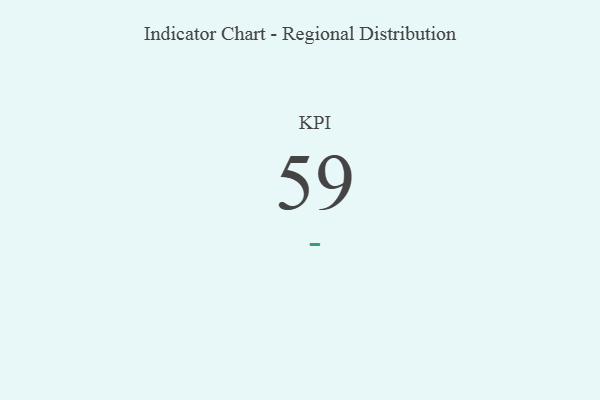
{"axis": {"x": "KPI", "y": "Value"}, "legend": [""], "data": [{"x": "KPI", "y": 59, "type": ""}]}